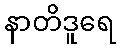
နာတိဒူရေ